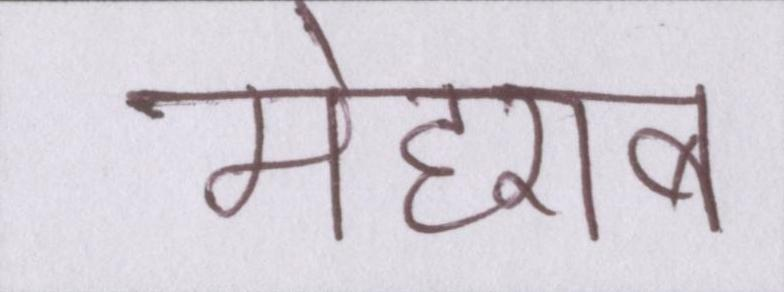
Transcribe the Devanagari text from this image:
मेहराब